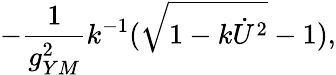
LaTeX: -{\frac{1}{g_{YM}^{2}}}k^{-1}(\sqrt{1-k\dot{U}^{2}}-1),